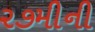
૨૭મીની